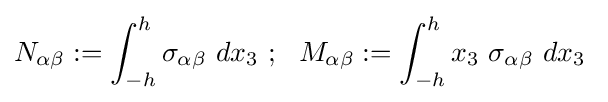
N_{\alpha \beta }:=\int _{-h}^{h}\sigma _{\alpha \beta }~dx_{3}~;~~M_{\alpha \beta }:=\int _{-h}^{h}x_{3}~\sigma _{\alpha \beta }~dx_{3}~